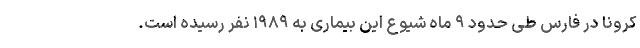
کرونا در فارس طی حدود ۹ ماه شیوع این بیماری به ۱۹۸۹ نفر رسیده است.